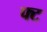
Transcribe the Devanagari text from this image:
फ्ट